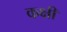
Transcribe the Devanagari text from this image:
कक्षी